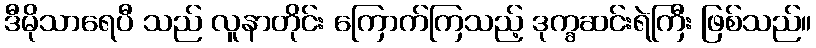
ဒီမိုသာရေပီ သည် လူနာတိုင်း ကြောက်ကြသည့် ဒုက္ခဆင်းရဲကြီး ဖြစ်သည်။